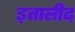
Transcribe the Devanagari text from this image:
इतालीद